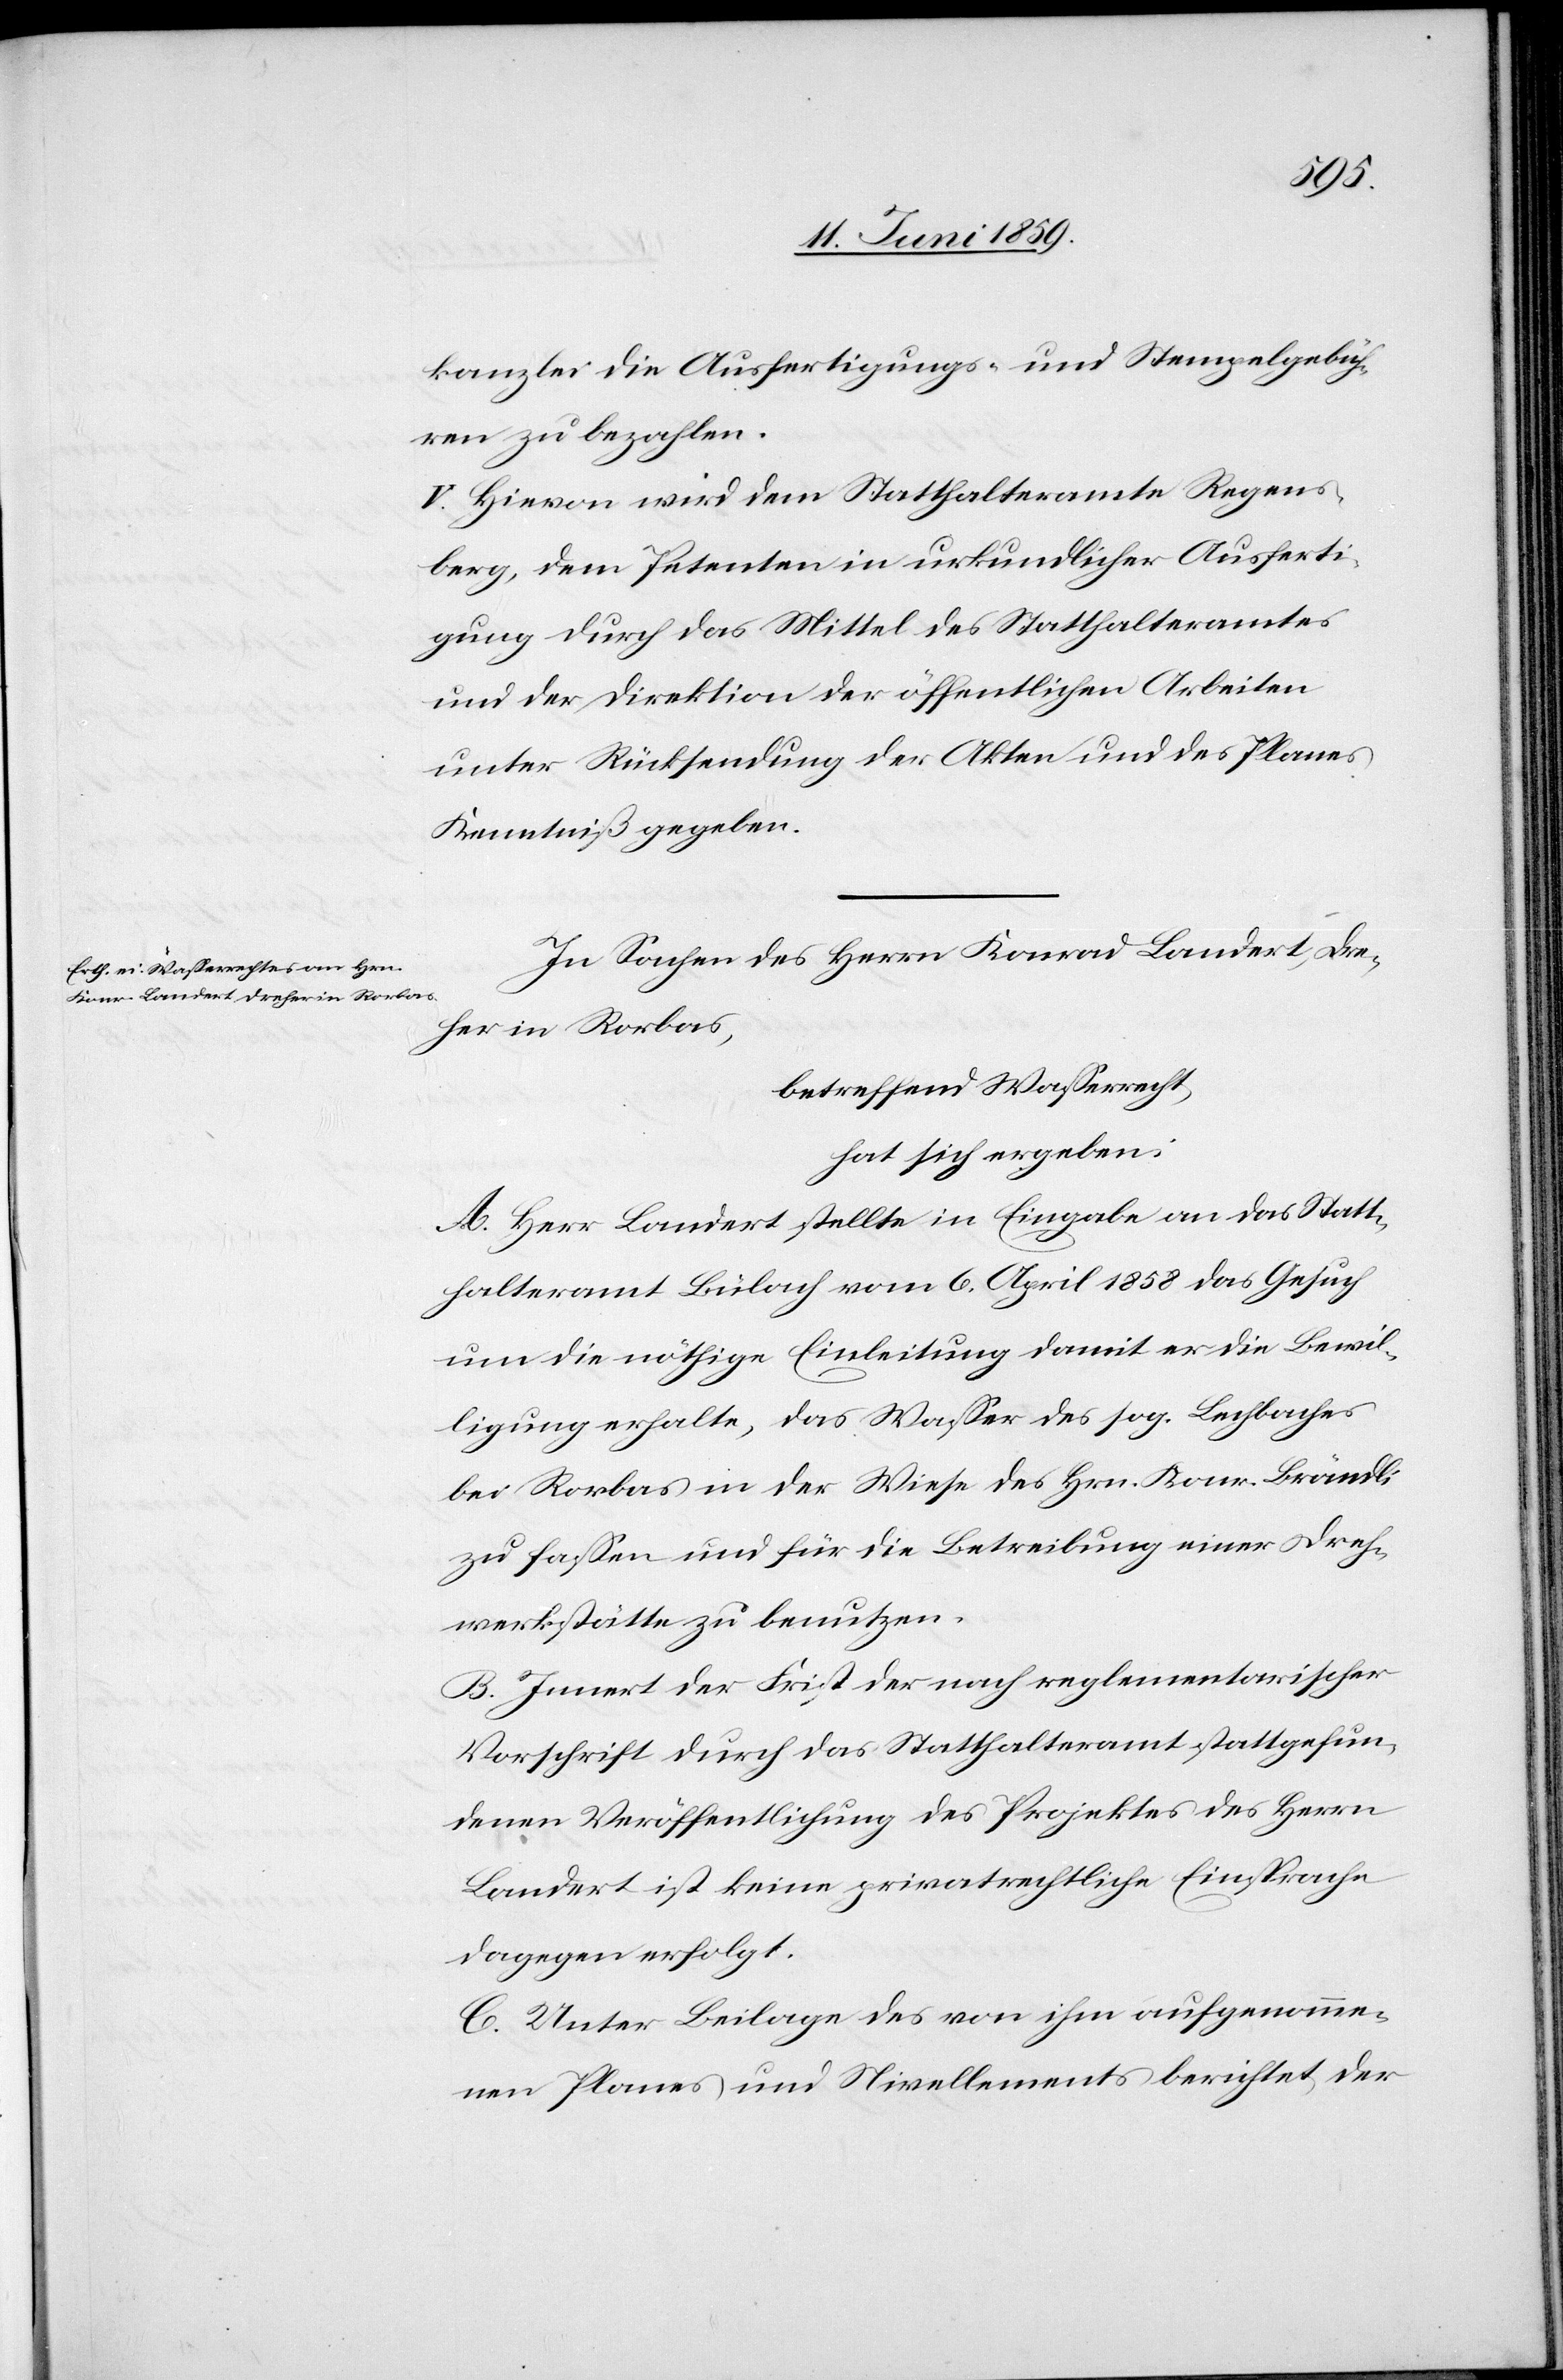
kanzlei die Ausfertigungs- und Stempelgebüh¬
ren zu bezahlen.
V. Hievon wird dem Statthalteramte Regens¬
berg, dem Petenten in urkundlicher Ausferti¬
gung durch das Mittel des Statthalteramtes
und der Direktion der öffentlichen Arbeiten
unter Rücksendung der Akten und des Planes
Kenntniß gegeben.
In Sachen des Herrn Konrad Landert, Dre¬
her in Rorbas,
betreffend Wasserrecht,
hat sich ergeben:
A. Herr Landert stellte in Eingabe an das Statt¬
halteramt Bülach vom 6. April 1858 das Gesuch
um die nöthige Einleitung damit er die Bewil¬
ligung erhalte, das Wasser des sog. Lechbaches
bei Rorbas in der Wiese des Hrn. Konr. Brändli
zu fassen und für die Betreibung einer Dreh¬
werkstätte zu benutzen.
B. Innert der Frist der nach reglementarischer
Vorschrift durch das Statthalteramt stattgefun¬
denen Veröffentlichung des Projektes des Herrn
Landert ist keine privatrechtliche Einsprache
dagegen erfolgt.
C. Unter Beilage des von ihm aufgenomme¬
nen Planes und Nivellements berichtet, der